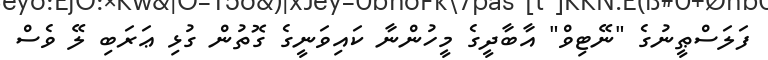
ފަލަސްޠީނުގެ "ނޭޓިވް" އާބާދީގެ މީހުންނާ ކައިވަނީގެ ގޮތުން ގުޅި ޢަރަބި ލޭ ވެސް